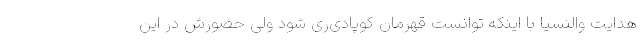
هدایت والنسیا با اینکه توانست قهرمان کوپادی‌ری شود ولی حضورش در این